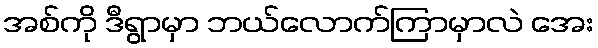
အစ်ကို ဒီရွာမှာ ဘယ်လောက်ကြာမှာလဲ အေး